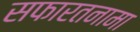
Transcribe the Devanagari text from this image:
सफारतनामा